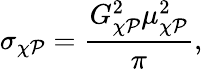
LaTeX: \sigma_{\chi\mathcal{P}}={\frac{{G_{\chi\mathcal{P}}^{2}\mu_{\chi\mathcal{P}}^{2}}}{{\pi}}},